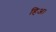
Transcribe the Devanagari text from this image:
हिअ।